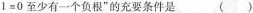
1 = 0$$至少有一个负根”的充要条件是 ( )